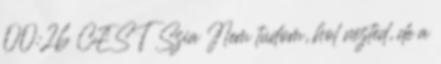
00:26 CEST Szia Nem tudom, hol nézted, de a